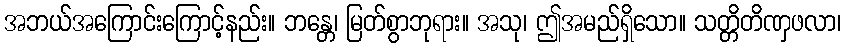
အဘယ်အကြောင်းကြောင့်နည်း။ ဘန္တေ၊ မြတ်စွာဘုရား။ အသု၊ ဤအမည်ရှိသော။ သတ္တိတိဏှဖလာ၊